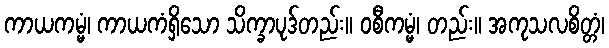
ကာယကမ္မံ၊ ကာယကံရှိသော သိက္ခာပုဒ်တည်း။ ဝစီကမ္မံ၊ တည်း။ အကုသလစိတ္တံ၊